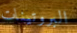
البروتينات